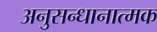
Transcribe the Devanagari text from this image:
अनुसन्धानात्मक